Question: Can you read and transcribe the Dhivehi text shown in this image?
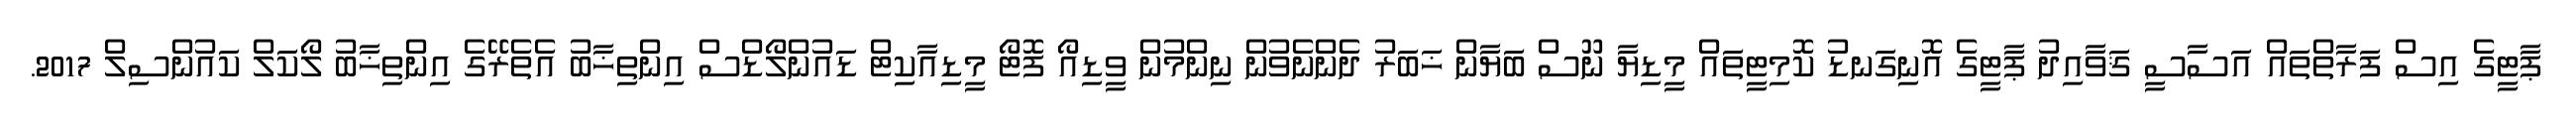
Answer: ޕާޓީގެ އިސް ފަރާތްތައް އަސާސީ ޤަވާއިދު ޕާޓީގެ އޮނިގަނޑު ކޮމިޓީތައް މީޑިޔާ ނޫސް ބަޔާން ޚަބަރު ދެންނެވުން ނިންމުން ވީޑިއޯ ފޮޓޯ މީޑިއާކިޓް ޑައުންލޯޑްސް އިންތިޚާބު އެތެރޭގެ އިންތިޚާބު ލޯކަލް ކައުންސިލް 2017.